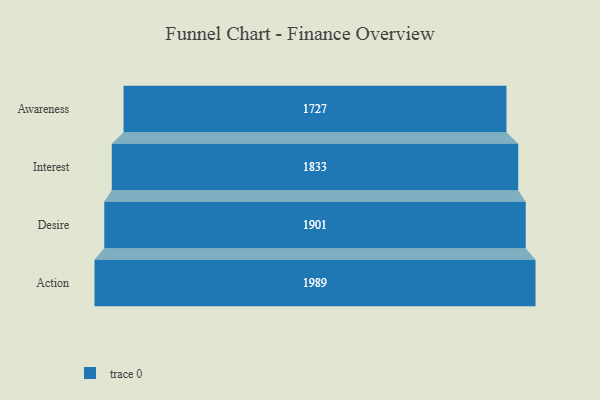
{"axis": {"x": "Stage", "y": "Value"}, "legend": [""], "data": [{"x": "Awareness", "y": 1727.0, "type": ""}, {"x": "Interest", "y": 1833.0, "type": ""}, {"x": "Desire", "y": 1901.0, "type": ""}, {"x": "Action", "y": 1989.0, "type": ""}]}